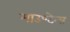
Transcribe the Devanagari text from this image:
माउण्टेन्स